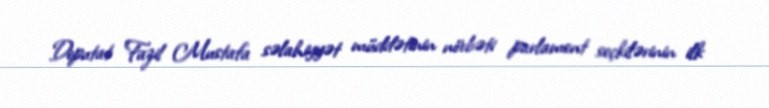
Deputat Fazil Mustafa səlahiyyət müddətinin növbəti parlament seçkilərinin ilk